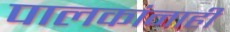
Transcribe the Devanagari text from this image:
पालकांनाही